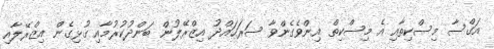
އަގްސާ މިސްކިތާއި އެ މިސްކިތް އިންވެގެންވާ ސަރަހައްދު އިޒްރޭލުން ބަންދުކުރުމާއި ގުޅިގެން އިޒްރޭލާއި